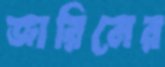
জারিনের